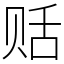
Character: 䞌